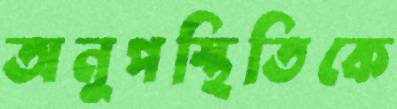
অনুপস্থিতিকে